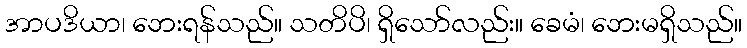
အာပဒိယာ၊ ဘေးရန်သည်။ သတိပိ၊ ရှိသော်လည်း။ ခေမံ၊ ဘေးမရှိသည်။